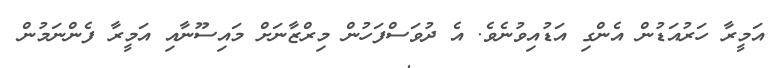
އަމީރާ ހަރުއަޑުން އެންގި އަޑުއިވުނެވެ. އެ ދުވަސްފަހުން މިރްޒާނަށް މައިސޫނާއި އަމީރާ ފެންނަމުން